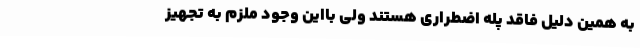
به همین دلیل فاقد پله اضطراری هستند ولی بااین وجود ملزم به تجهیز